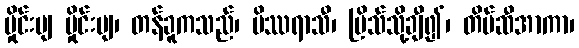
မှိုင်းပျ မှိုင်းပျ၊ တန်ခူကသည်၊ မိဿရာသီ၊ ပြိသ်သို့ချီ၍၊ တိမ်ဆီအာကာ၊